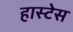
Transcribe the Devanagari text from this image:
हास्टेस